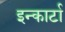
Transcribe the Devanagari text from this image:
इन्कार्टा